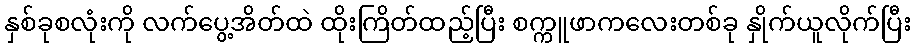
နှစ်ခုစလုံးကို လက်ပွေ့အိတ်ထဲ ထိုးကြိတ်ထည့်ပြီး စက္ကူဖာကလေးတစ်ခု နှိုက်ယူလိုက်ပြီး